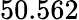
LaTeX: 50.562